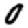
Digit: 0